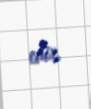
edir.